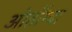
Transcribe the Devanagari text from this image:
ओर्होग्बा